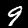
Digit: 9